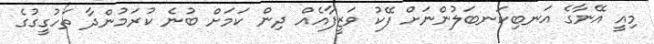
މިއީ އޭނާގެ އަނބިކަނބަލުންނަށް ފޭކު ވަޒީފާއެއް ދިން ކަމަށް ބުނެ ކުރަމުންދާ ތަހުގީގުގެ